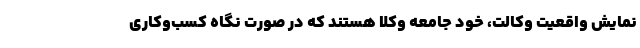
نمایش واقعیت وکالت، خود جامعه وکلا هستند که در صورت نگاه کسب‌وکاری